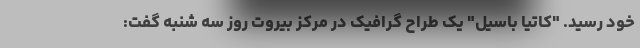
خود رسید. "کاتیا باسیل" یک طراح گرافیک در مرکز بیروت روز سه شنبه گفت: